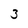
Character: 3